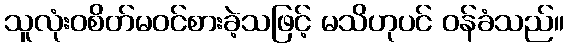
သူလုံးဝစိတ်မဝင်စားခဲ့သဖြင့် မသိဟုပင် ဝန်ခံသည်။